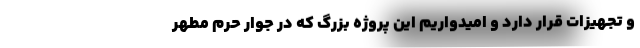
و تجهیزات قرار دارد و امیدواریم این پروژه بزرگ که در جوار حرم مطهر